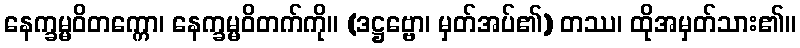
နေက္ခမ္မဝိတက္ကော၊ နေက္ခမ္မဝိတက်ကို။ (ဒဋ္ဌဗ္ဗော၊ မှတ်အပ်၏) တဿ၊ ထိုအမှတ်သား၏။